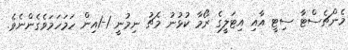
މެންޗެސްޓާ ސިޓީ އާއި އިޓަލީގެ ރޯމާ ކުޅުނު މެޗު ނިމުނީ 1-1އިން ހަމަހަމަވެގެންނެވެ.